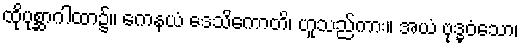
ထိုပုစ္ဆာဂါထာ၌။ ကေနယံ ဒေသိကောတိ၊ ဟူသည်ကား။ အယံ ဗုဒ္ဓဝံသော၊